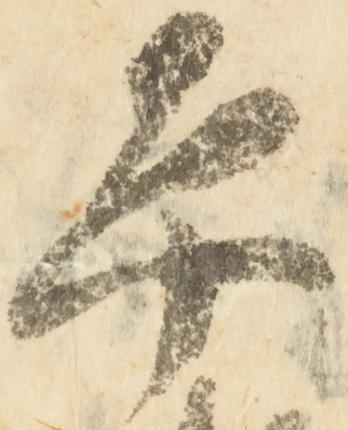
平